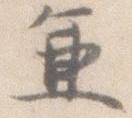
兼